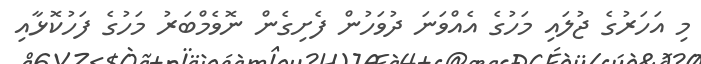
މި އަހަރުގެ ޖުލައި މަހުގެ އެއްވަނަ ދުވަހުން ފެށިގެން ނޮވެމްބަރު މަހުގެ ފަހުކޮޅާއި